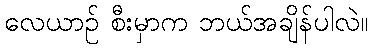
လေယာဉ် စီးမှာက ဘယ်အချိန်ပါလဲ။